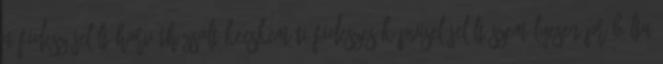
a Fidesz-jelölt Horváth Zsolt kecskeméti fideszes képviselőjelölt személyesen próbálta